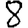
Digit: 8